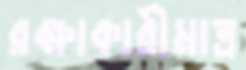
রক্ষাকারীমাত্র